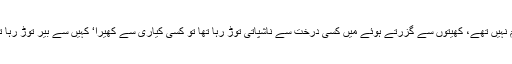
بہرصورت اب کی باربھی پکورہ کی خوبصورتی دوبالا نظرا ٓئی، پھر احباب بھی تو کچھ کم نہیں تھے، کھیتوں سے گزرتے ہوئے میں کسی درخت سے ناشپاتی توڑ رہا تھا تو کسی کیاری سے کھیرا‘ کہیں سے بیر توڑ رہا تھا تو کہیں سے انگور اور کہیں سے چٹور نامی پھل کا ذائقہ چکھ رہا تھااور کہیں سے کچھ۔